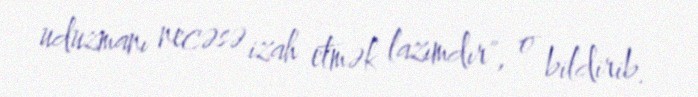
uduzmanı necəsə izah etmək lazımdır", o bildirib.